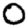
Digit: 0